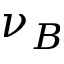
\nu _ { B }